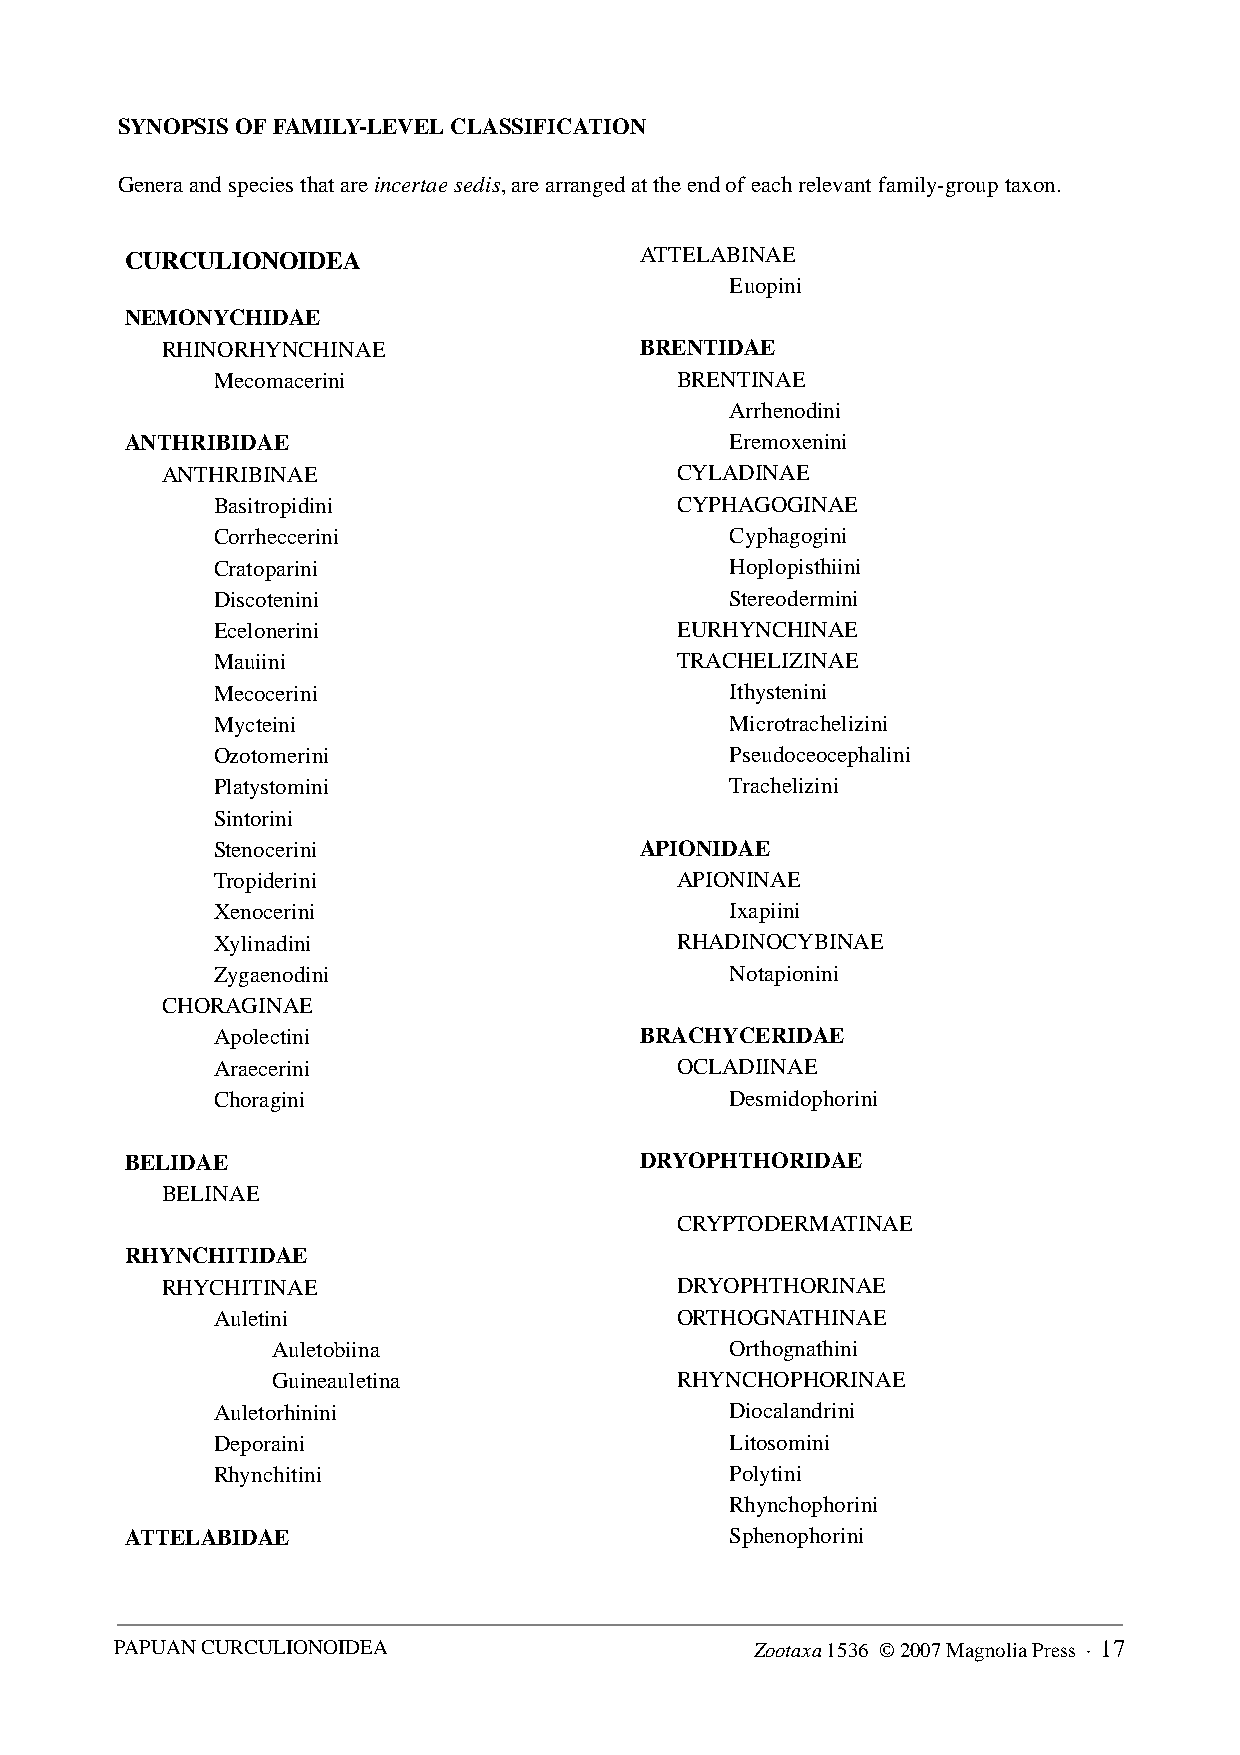
SYNOPSIS OF FAMILY-LEVEL CLASSIFICATION
 Genera and species that are incertae sedis, are arranged at the end of each relevant family-group taxon.
 CURCULIONOIDEA                    ATTELABINAE
 Euopini
 NEMONYCHIDAE
 RHINORHYNCHINAE                BRENTIDAE
 Mecomacerini                   BRENTINAE
 Arrhenodini
 ANTHRIBIDAE                             Eremoxenini
 ANTHRIBINAE                       CYLADINAE
 Basitropidini                  CYPHAGOGINAE
 Corrheccerini                     Cyphagogini
 Cratoparini                       Hoplopisthiini
 Discotenini                       Stereodermini
 Ecelonerini                    EURHYNCHINAE
 Mauiini                        TRACHELIZINAE
 Mecocerini                        Ithystenini
 Mycteini                          Microtrachelizini
 Ozotomerini                       Pseudoceocephalini
 Platystomini                      Trachelizini
 Sintorini
 Stenocerini                 APIONIDAE
 Tropiderini                    APIONINAE
 Xenocerini                        Ixapiini
 Xylinadini                     RHADINOCYBINAE
 Zygaenodini                       Notapionini
 CHORAGINAE
 Apolectini                  BRACHYCERIDAE
 Araecerini                     OCLADIINAE
 Choragini                         Desmidophorini
 BELIDAE                           DRYOPHTHORIDAE
 BELINAE
 CRYPTODERMATINAE
 RHYNCHITIDAE
 RHYCHITINAE                       DRYOPHTHORINAE
 Auletini                       ORTHOGNATHINAE
 Auletobiina                   Orthognathini
 Guineauletina              RHYNCHOPHORINAE
 Auletorhinini                     Diocalandrini
 Deporaini                         Litosomini
 Rhynchitini                       Polytini
 Rhynchophorini
 ATTELABIDAE                             Sphenophorini
 PAPUAN CURCULIONOIDEA                     Zootaxa 1536 © 2007 Magnolia Press · 17